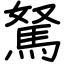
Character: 駑